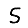
Digit: 5